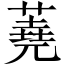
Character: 蕘